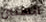
مسنين